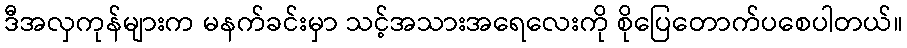
ဒီအလှကုန်များက မနက်ခင်းမှာ သင့်အသားအရေလေးကို စိုပြေတောက်ပစေပါတယ်။